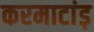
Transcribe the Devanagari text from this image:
करमाटांड़